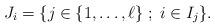
LaTeX: \begin{align*}{}J_i =\{j\in\{1,\ldots,\ell\}\;;\;i \in I_j\}.\end{align*}